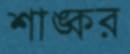
শাঙ্কর